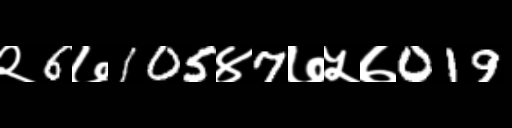
Text: २6७105४7७५७019